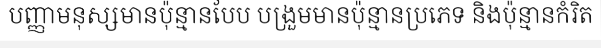
បញ្ញាមនុស្សមានប៉ុន្មានបែប បង្រួមមានប៉ុន្មានប្រភេទ និងប៉ុន្មានកំរិត